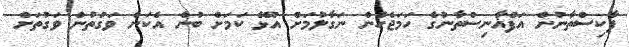
ޕާކިސްތާނުން އަފްޣާނިސްތާނުގެ ހަމަޖެހުން ނަގާލުމަށް އުޅޭ ކަމަށް ބުނެ އެކަން ވަގުތުން ވަގުތަށް